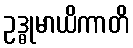
ဥဒ္ဓုမာယိကာတိ